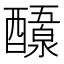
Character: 𬪷